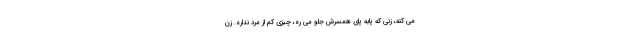
می کنه، زنی که پابه پای همسرش جلو می ره، چیزی کم از مرد نداره. زن